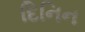
દિનિન